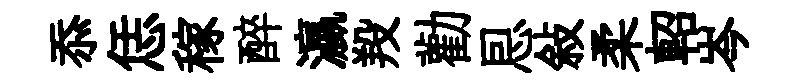
忝恁稼醉瀛羖勸㤙敍柔軺岑